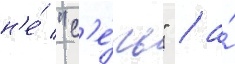
н'е́ "с'е́чь" / а́